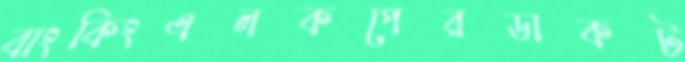
বাংকিংএলকপেরডাকট